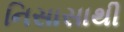
નિસાસાથી